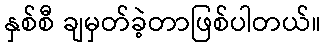
နှစ်စီ ချမှတ်ခဲ့တာဖြစ်ပါတယ်။